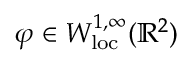
\varphi \in W _ { \mathrm { l o c } } ^ { 1 , \infty } ( \mathbb { R } ^ { 2 } )